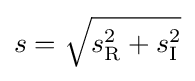
s={\sqrt {s_{\textrm {R}}^{2}+s_{\textrm {I}}^{2}}}